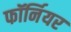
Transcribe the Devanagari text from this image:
फॉर्नियर